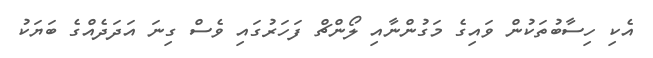
އެކި ހިސާބުތަކުން ވައިގެ މަގުންނާއި ލޯންޗް ފަހަރުގައި ވެސް ގިނަ އަދަދެއްގެ ބަޔަކު